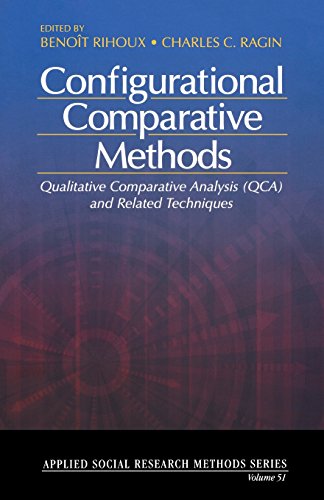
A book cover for Configurational Comparative Methods: Qualitative Comparative Analysis (QCA) and Related Techniques (Applied Social Research Methods); BenoÃ®t Rihoux; Politics & Social Sciences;